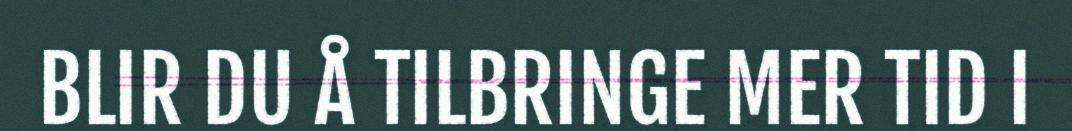
BLIR DU Å TILBRINGE MER TID I